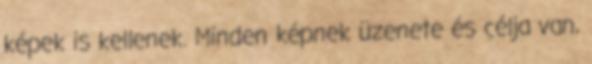
képek is kellenek. Minden képnek üzenete és célja van,